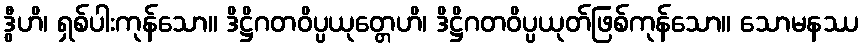
ဒွီဟိ၊ ရှစ်ပါးကုန်သော။ ဒိဋ္ဌိဂတဝိပ္ပယုတ္တေဟိ၊ ဒိဋ္ဌိဂတဝိပ္ပယုတ်ဖြစ်ကုန်သော။ သောမနဿ